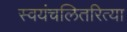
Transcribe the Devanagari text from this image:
स्वयंचलितरित्या